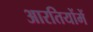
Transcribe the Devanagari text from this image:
आरतियोंमें